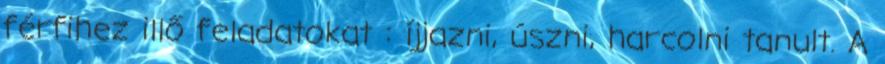
férfihez illő feladatokat : íjjazni, úszni, harcolni tanult. A